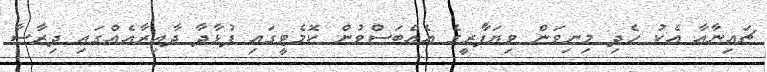
ޗައިނާއާ އެކު ހެދި މިނިވަން ވިޔަފާރީގެ އެއްބަސްވުން ކޮމެޓީގައި ފުޅާދާ ދާއިރާއެއްގައި ދިރާސާ